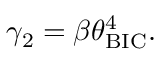
\gamma _ { 2 } = \beta \theta _ { \mathrm { { B I C } } } ^ { 4 } .